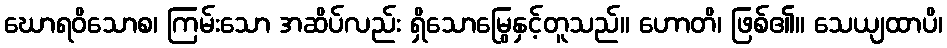
ဃောရဝိသောစ၊ ကြမ်းသော အဆိပ်လည်း ရှိသောမြွေနှင့်တူသည်။ ဟောတိ၊ ဖြစ်၏။ သေယျထာပိ၊